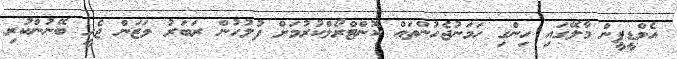
އެމްޑީޕީން މާލޭގައި ހިންގި ހަމަނުޖެހުންތައް ކޮންޓްރޯލްކުރުމަށް ފުލުހުން ރަބަރު ވަޒަން ޖެހީ ބޭނުންކުރި